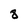
Character: 8